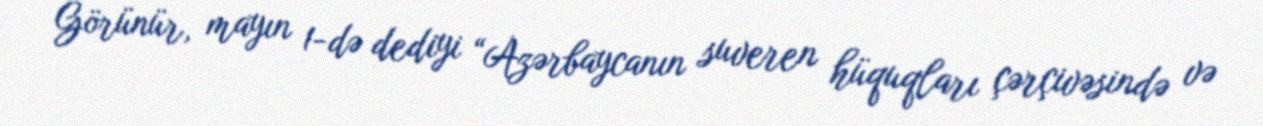
Görünür, mayın 1-də dediyi “Azərbaycanın suveren hüquqları çərçivəsində və